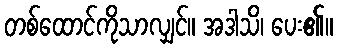
တစ်ထောင်ကိုသာလျှင်။ အဒါသိ၊ ပေး၏။